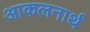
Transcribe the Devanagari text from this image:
आकलनार्थ